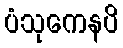
ပံသုကေနပိ